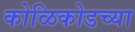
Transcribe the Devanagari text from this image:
कोळिकोडच्या